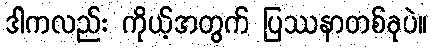
ဒါကလည်း ကိုယ့်အတွက် ပြဿနာတစ်ခုပဲ။